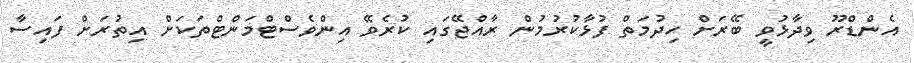
އެންޑްރޫ ވިދާޅުވީ ބޭރަށް ހިދުމަތް ފުޅާކުރުމުން ރާއްޖޭގައި ކުރެވޭ އިންވެސްޓްމަންޓްތަކަށް އިތުރަށް ފައިސާ